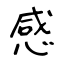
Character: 感